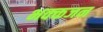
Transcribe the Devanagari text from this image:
भक्क्तजन